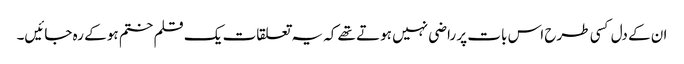
ان کے دل کسی طرح اس بات پر راضی نہیں ہوتے تھے کہ یہ تعلقات یک قلم ختم ہو کے رہ جائیں۔